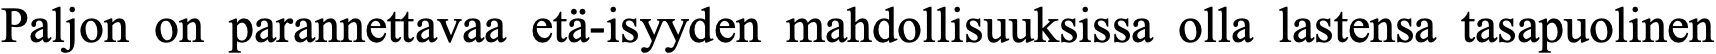
Paljon on parannettavaa etä-isyyden mahdollisuuksissa olla lastensa tasapuolinen